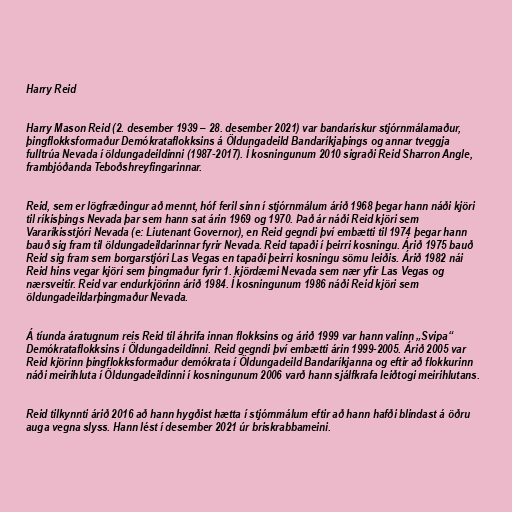
Harry Reid

Harry Mason Reid (2. desember 1939 – 28. desember 2021) var bandarískur stjórnmálamaður,
þingflokksformaður Demókrataflokksins á Öldungadeild Bandaríkjaþings og annar tveggja
fulltrúa Nevada í öldungadeildinni (1987-2017). Í kosningunum 2010 sigraði Reid Sharron Angle,
frambjóðanda Teboðshreyfingarinnar.

Reid, sem er lögfræðingur að mennt, hóf feril sinn í stjórnmálum árið 1968 þegar hann náði kjöri
til ríkisþings Nevada þar sem hann sat árin 1969 og 1970. Það ár náði Reid kjöri sem
Vararíkisstjóri Nevada (e: Liutenant Governor), en Reid gegndi því embætti til 1974 þegar hann
bauð sig fram til öldungadeildarinnar fyrir Nevada. Reid tapaði í þeirri kosningu. Árið 1975 bauð
Reid sig fram sem borgarstjóri Las Vegas en tapaði þeirri kosningu sömu leiðis. Árið 1982 nái
Reid hins vegar kjöri sem þingmaður fyrir 1. kjördæmi Nevada sem nær yfir Las Vegas og
nærsveitir. Reid var endurkjörinn árið 1984. Í kosningunum 1986 náði Reid kjöri sem
öldungadeildarþingmaður Nevada.

Á tíunda áratugnum reis Reid til áhrifa innan flokksins og árið 1999 var hann valinn „Svipa“
Demókrataflokksins í Öldungadeildinni. Reid gegndi því embætti árin 1999-2005. Árið 2005 var
Reid kjörinn þingflokksformaður demókrata í Öldungadeild Bandaríkjanna og eftir að flokkurinn
náði meirihluta í Öldungadeildinni í kosningunum 2006 varð hann sjálfkrafa leiðtogi meirihlutans.

Reid tilkynnti árið 2016 að hann hygðist hætta í stjórnmálum eftir að hann hafði blindast á öðru
auga vegna slyss. Hann lést í desember 2021 úr briskrabbameini.